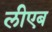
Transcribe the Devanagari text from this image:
लीएब